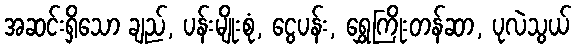
အဆင်းရှိသော ချည်, ပန်းမျိုးစုံ, ငွေပန်း, ရွှေကြိုးတန်ဆာ, ပုလဲသွယ်